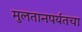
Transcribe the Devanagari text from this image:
मुलतानपर्यंतचा